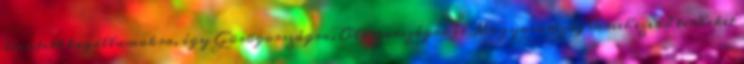
érintett tagállamokra, így Görögországra, Olaszországra és Magyarországra nehezedő terheket